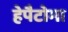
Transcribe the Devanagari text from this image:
हेपैटोमा